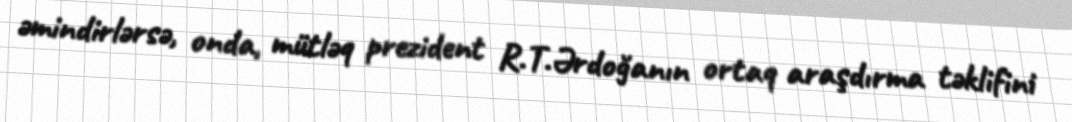
əmindirlərsə, onda, mütləq prezident R.T.Ərdoğanın ortaq araşdırma təklifini